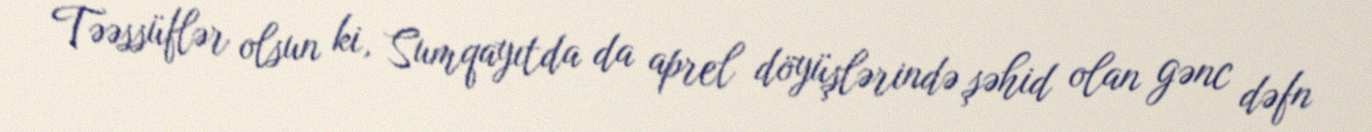
Təəssüflər olsun ki, Sumqayıtda da aprel döyüşlərində şəhid olan gənc dəfn